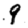
Digit: 9